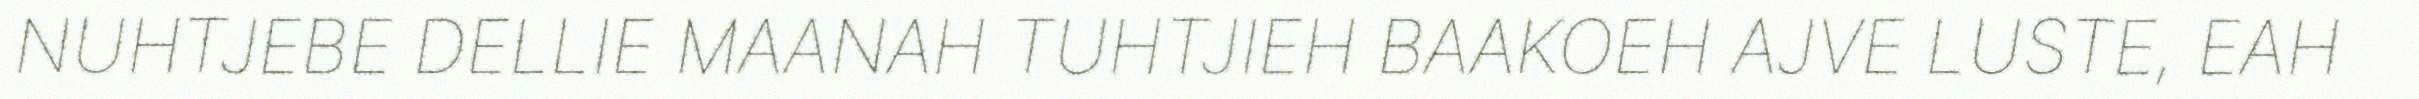
NUHTJEBE DELLIE MAANAH TUHTJIEH BAAKOEH AJVE LUSTE, EAH